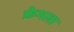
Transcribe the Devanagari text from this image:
फ्रेमला